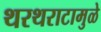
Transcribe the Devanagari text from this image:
थरथराटामुळे